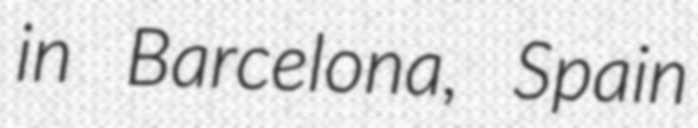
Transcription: in Barcelona, Spain